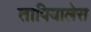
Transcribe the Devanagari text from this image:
तापियालेस